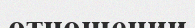
отношении